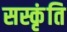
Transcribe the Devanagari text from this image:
सस्कृंति